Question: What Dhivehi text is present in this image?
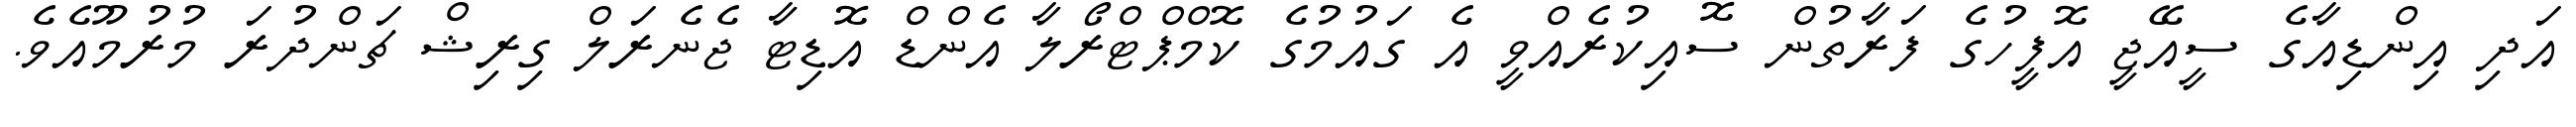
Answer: އަދި އިންޑިއާގެ ސީއޭޖީ އޮފީހުގެ ފަރާތުން ސޮއިކުރެއްވީ އެ ގައުމުގެ ކޮމްޕްޓްރޯލާ އެންޑް އޮޑިޓާ ޖެނެރަލް ގިރިޝް ޗަންދުރަ މުރުމޫއެވެ.